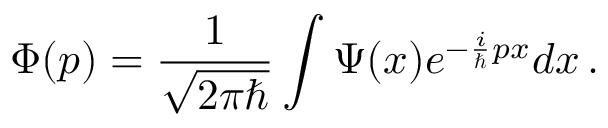
\Phi ( p ) = { \frac { 1 } { \sqrt { 2 \pi \hbar } } } \int \Psi ( x ) e ^ { - { \frac { i } { \hbar } } p x } d x \, .